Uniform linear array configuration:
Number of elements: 24
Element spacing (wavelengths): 0.25
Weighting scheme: exponential
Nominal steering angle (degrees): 15
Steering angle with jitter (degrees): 16.723
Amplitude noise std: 0.05
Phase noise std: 0.05

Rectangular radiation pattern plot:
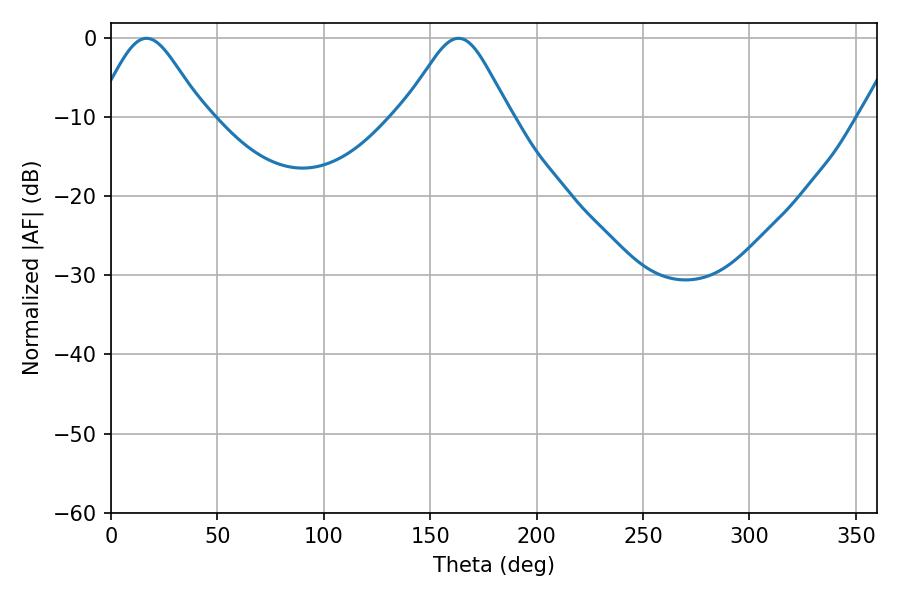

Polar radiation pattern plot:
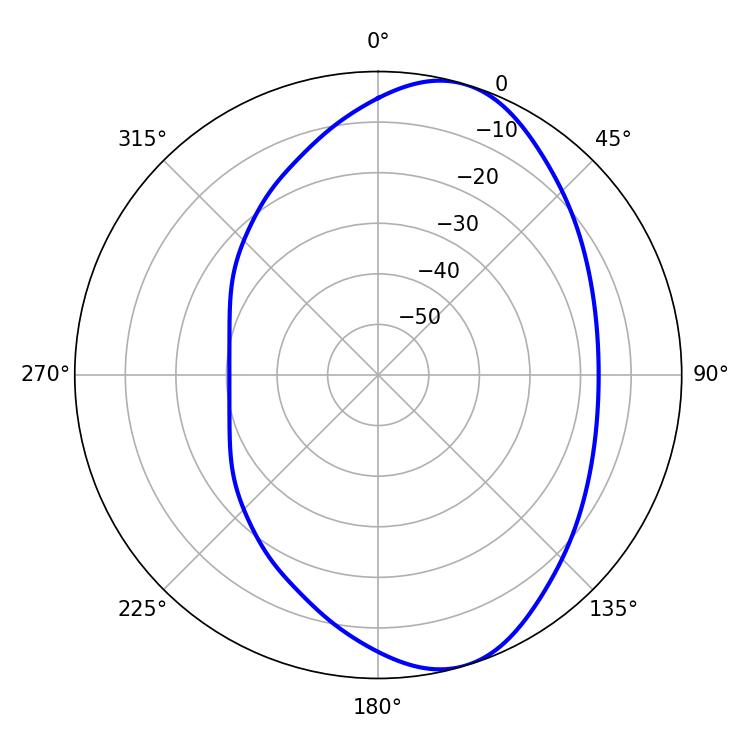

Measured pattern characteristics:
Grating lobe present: FALSE
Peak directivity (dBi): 7.728
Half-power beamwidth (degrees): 24.66
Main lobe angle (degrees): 16.74